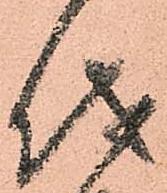
儀